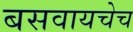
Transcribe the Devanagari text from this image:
बसवायचेच